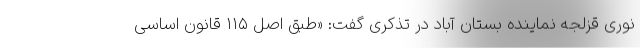
نوری قزلجه نماینده بستان آباد در تذکری گفت: «طبق اصل ۱۱۵ قانون اساسی